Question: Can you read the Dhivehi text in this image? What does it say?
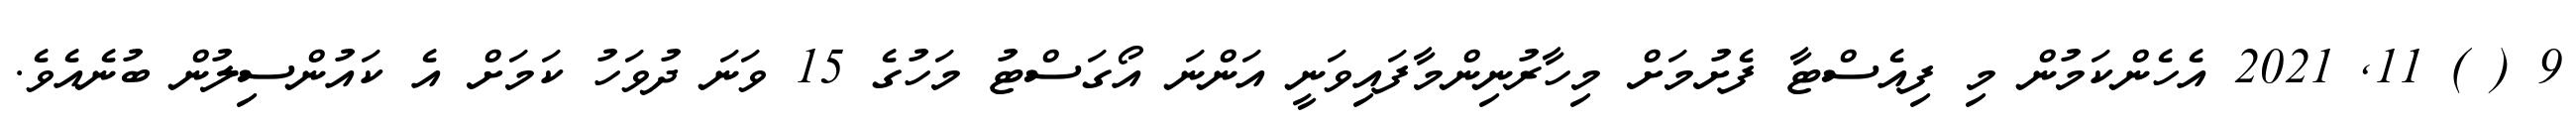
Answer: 9 ( ) 11, 2021 އެހެންކަމުން މި ފިއެސްޓާ ފެށުމަށް މިހާރުނިންމާފައިވަނީ އަންނަ އޯގަސްޓު މަހުގެ 15 ވަނަ ދުވަހު ކަމަށް އެ ކައުންސިލުން ބުނެއެވެ.